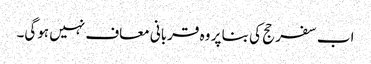
اب سفر حج کی بنا پر وہ قربانی معاف نہیں ہوگی۔